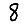
Digit: 8